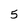
Character: 5